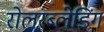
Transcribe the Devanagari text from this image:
रोलरब्लेडिंग